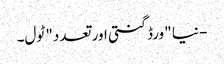
- نیا "ورڈ گنتی اور تعدد" ٹول۔